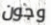
وجون